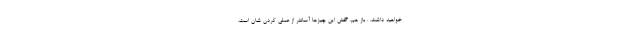
خواهید داشت. . باز هم، گفتن این چیزها آسانتر از عملی کردن شان است،